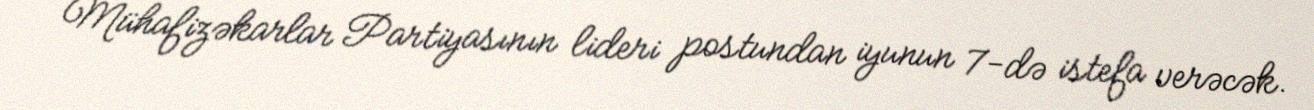
Mühafizəkarlar Partiyasının lideri postundan iyunun 7-də istefa verəcək.